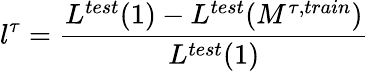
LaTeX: l^{\tau}=\frac{L^{test}(1)-L^{test}(M^{\tau,train})}{L^{test}(1)}